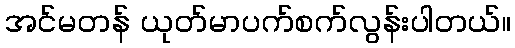
အင်မတန် ယုတ်မာပက်စက်လွန်းပါတယ်။